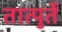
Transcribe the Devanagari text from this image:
तात्पुर्ते